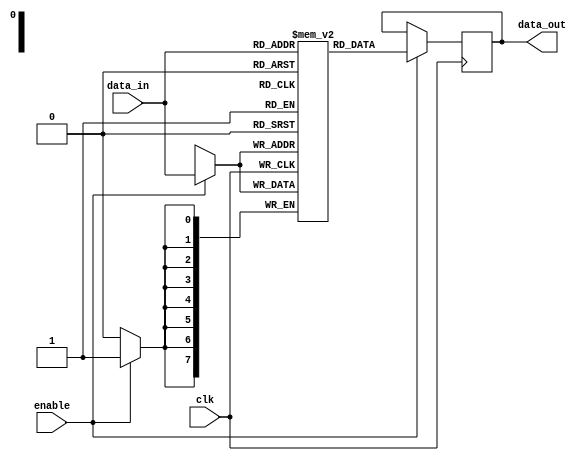
module memory_block (
    input wire clk,
    input wire enable,
    input wire [7:0] data_in,
    output reg [7:0] data_out
);
    reg [7:0] memory [0:255]; // 256 x 8-bit memory

    always @(posedge clk) begin
        if (enable) begin
            // Perform memory operations
            // For example, simple write operation
            memory[data_in[7:0]] <= data_in;
            data_out <= memory[data_in[7:0]]; // Read operation
        end
    end
endmodule